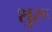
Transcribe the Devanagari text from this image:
शुरू